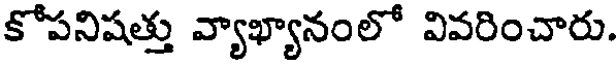
కోపనిషత్తు వ్యాఖ్యానంలో వివరించారు.